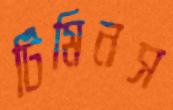
টিমিনস